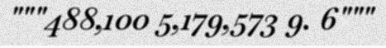
"""488,100 5,179,573 9. 6"""